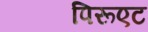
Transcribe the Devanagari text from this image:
पिरूएट